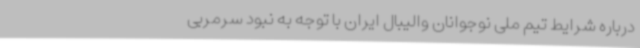
درباره شرایط تیم ملی نوجوانان والیبال ایران با توجه به نبود سرمربی